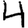
Digit: 4